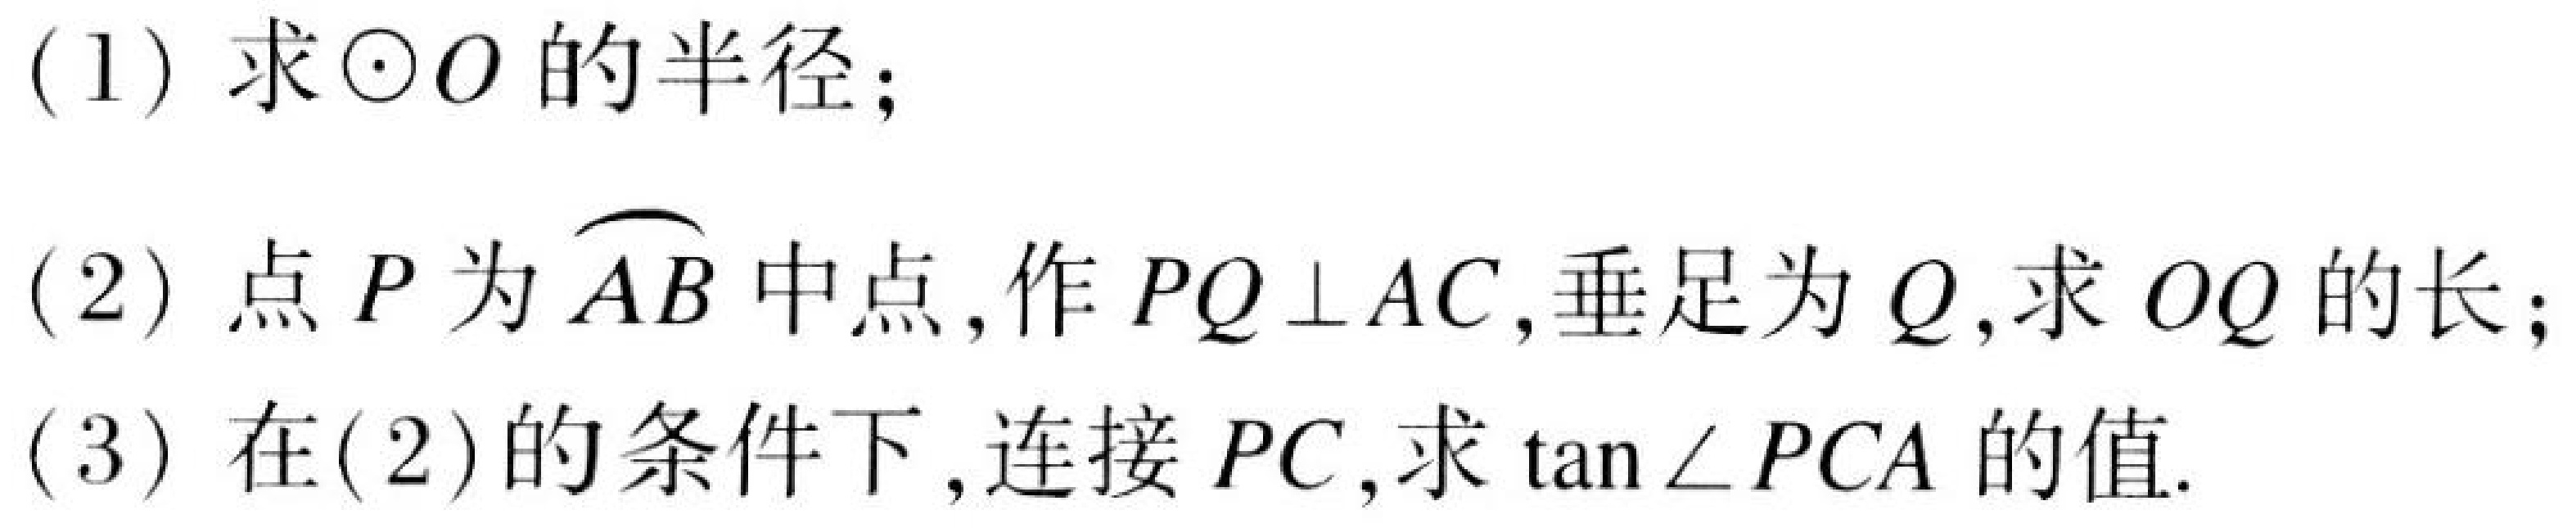
(1) 求$\odot O$的半径;
(2) 点$P$为$\overset{\frown}{AB}$中点, 作$PQ\perp AC$, 垂足为$Q$, 求$OQ$的长;
(3) 在(2)的条件下, 连接$PC$, 求$\tan\angle PCA$的值.